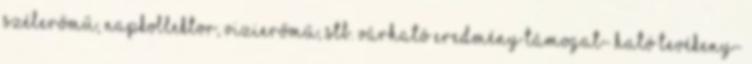
szélerőmű, napkollektor, vizierőmű, stb. Várható eredmény Támogat- ható tevékeny-